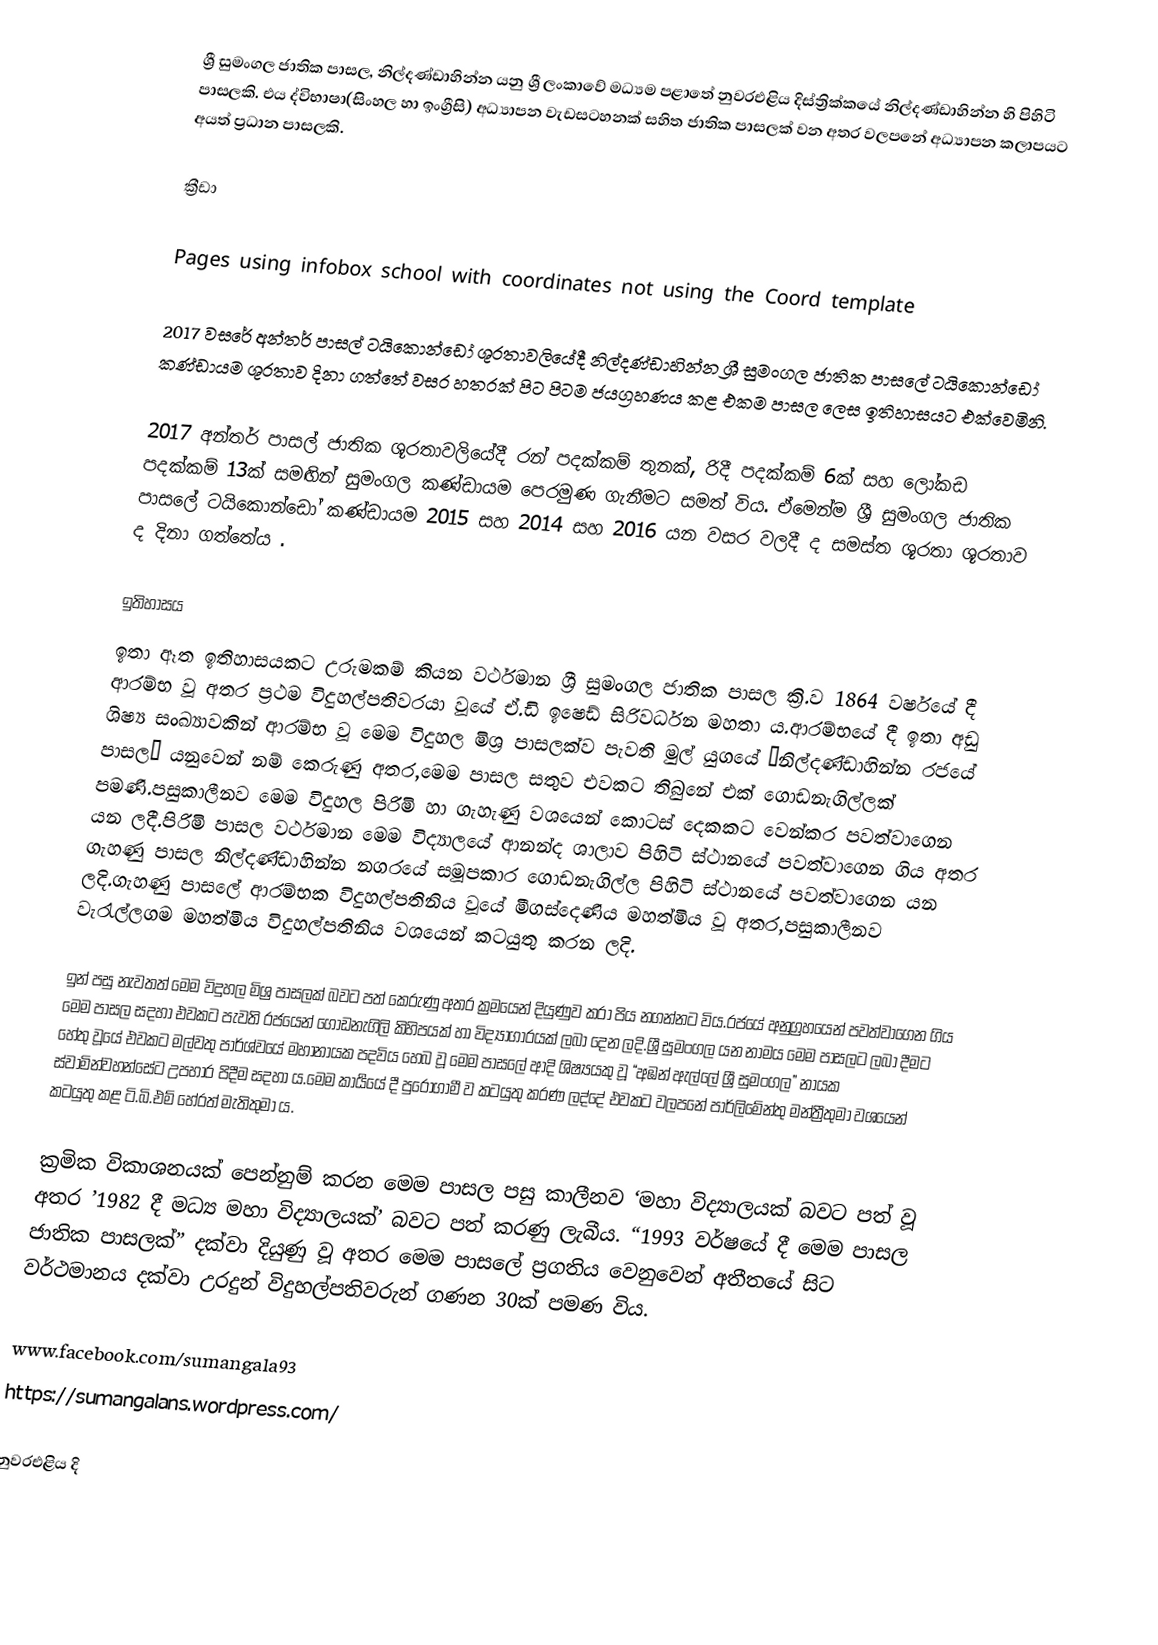
ශ්‍රී සුමංගල ජාතික පාසල, නිල්දණ්ඩාහින්න යනු ශ්‍රී ලංකාවේ මධ්‍යම පළාතේ නුවරඑළිය දිස්ත්‍රික්කයේ නිල්දණ්ඩාහින්න  හි පිහිටි පාසලකි. එය ද්විභාෂා(සිංහල හා ඉංග්‍රීසි) අධ්‍යාපන වැඩසටහනක් සහිත ජාතික පාසලක් වන අතර  වලපනේ අධ්‍යාපන කලාපයට අයත් ප්‍රධාන පාසලකි.

ක්‍රීඩා

Pages using infobox school with coordinates not using the Coord template

2017 වසරේ අන්තර් පාසල් ටයිකොන්ඩෝ ශූරතාවලියේදී නිල්දණ්ඩාහින්න ශ්‍රී සුමංගල ජාතික පාසලේ ටයිකොන්ඩෝ කණ්ඩායම ශූරතාව දිනා ගත්තේ වසර හතරක් පිට පිටම ජයග්‍රහණය කළ එකම පාසල ලෙස ඉතිහාසයට එක්වෙමිනි.

2017  අන්තර් පාසල් ජාතික ශූරතාවලියේදී රන් පදක්කම් තුනක්, රිදී පදක්කම් 6ක් සහ ලෝකඩ පදක්කම් 13ක් සමඟින් සුමංගල කණ්ඩායම පෙරමුණ ගැනීමට සමත් විය. ඒමෙන්ම ශ්‍රී සුමංගල ජාතික පාසලේ ටයිකොන්ඩෝ කණ්ඩායම 2015 සහ 2014 සහ 2016 යන වසර වලදී ද සමස්ත ශූරතා ශූරතාව ද දිනා ගත්තේය  .

ඉතිහාසය
ඉතා ඈත ඉතිහාසයකට උරුමකම් කියන වර්ථමාන ශ්‍රී සුමංගල ජාතික පාසල ක්‍රි.ව 1864 වර්ෂයේ දී ආරම්භ වූ අතර ප්‍රථම විදුහල්පතිවරයා වූයේ ඒ.ඩි ඉෂෙඩ් සිරිවර්ධන මහතා ය.ආරම්භයේ දී ඉතා අඩු ශිෂ්‍ය සංඛ්‍යාවකින් ආරම්භ වූ මෙම විදුහල මිශ්‍ර පාසලක්ව පැවති මුල් යුගයේ “නිල්දණ්ඩාහින්න රජයේ පාසල” යනුවෙන් නම් කෙරුණු අතර,මෙම පාසල සතුව එවකට තිබුනේ එක් ගොඩනැගිල්ලක් පමණි.පසුකාලීනව මෙම විදුහල පිරිමි හා ගැහැණු වශයෙන් කොටස් දෙකකට වෙන්කර පවත්වාගෙන යන ලදී.පිරිමි පාසල වර්ථමාන මෙම විද්‍යාලයේ ආනන්ද ශාලාව පිහිටි ස්ථානයේ පවත්වාගෙන ගිය අතර ගැහණු පාසල නිල්දණ්ඩාහින්න නගරයේ සමූපකාර ගොඩනැගිල්ල පිහිටි ස්ථානයේ පවත්වාගෙන යන ලදි.ගැහණු පාසලේ ආරම්භක විදුහල්පතිනිය වූයේ මීගස්දෙණිය මහත්මිය වූ අතර,පසුකාලීනව වැරැල්ලගම මහත්මිය විදුහල්පතිනිය වශයෙන් කටයුතු කරන ලදි.

ඉන් පසු නැවතත් මෙම විදුහල මිශ්‍ර පාසලක් බවට පත් කෙරුණු අතර ක්‍රමයෙන් දියුණුව කරා පිය නගන්නට විය.රජයේ අනුග්‍රහයෙන් පවත්වාගෙන ගිය මෙම පාසල සදහා එවකට පැවති රජයෙන් ගොඩනැගිලි කිහිපයක් හා විද්‍යාගාරයක් ලබා දෙන ලදි.ශ්‍රී සුමංගල යන නාමය මෙම පාසලට ලබා දීමට හේතු වූයේ එවකට මල්වතු පාර්ශ්වයේ මහානායක පදවිය හෙබ වූ මෙම පාසලේ ආදි ශිෂ්‍යයකු වූ “අඹන් ඇල්ලේ ශ්‍රී සුමංගල” නායක ස්වාමින්වහන්සේට උපහාර පිදීම සදහා ය.මෙම කාර්‍යයේ දී පුරෝගාමී ව කටයුතු කරණ ලද්දේ එවකට  වලපනේ පාර්ලිමේන්තු මන්ත්‍රීතුමා වශයෙන් කටයුතු කළ ටි.බි.එම් හේරත් මැතිතුමා ය.

ක්‍රමික විකාශනයක් පෙන්නුම් කරන මෙම පාසල පසු කාලීනව ‘මහා විද්‍යාලයක් බවට පත් වූ අතර ’1982 දී මධ්‍ය මහා විද්‍යාලයක්’ බවට පත් කරණු ලැබීය. “1993 වර්ෂයේ දී මෙම පාසල ජාතික පාසලක්” දක්වා දියුණු වූ අතර මෙම පාසලේ ප්‍රගතිය වෙනුවෙන් අතීතයේ සිට වර්ථමානය දක්වා උරදුන් විදුහල්පතිවරුන් ගණන 30ක් පමණ විය.

 www.facebook.com/sumangala93
 https://sumangalans.wordpress.com/

නුවරඑළිය දි